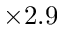
\times 2 . 9